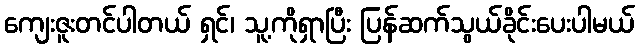
ကျေးဇူးတင်ပါတယ် ရှင်၊ သူ့ကိုရှာပြီး ပြန်ဆက်သွယ်ခိုင်းပေးပါမယ်